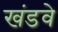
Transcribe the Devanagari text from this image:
खंडवे